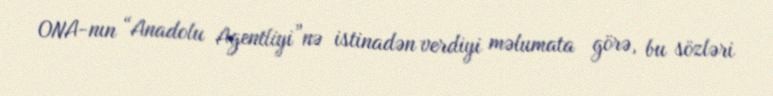
ONA-nın “Anadolu Agentliyi”nə istinadən verdiyi məlumata görə, bu sözləri